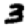
Digit: 3